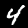
Label: 4